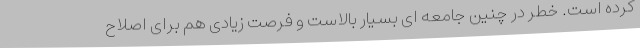
کرده است. خطر در چنین جامعه ای بسیار بالاست و فرصت زیادی هم برای اصلاح